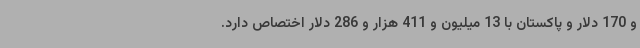
و 170 دلار و پاکستان با 13 میلیون و 411 هزار و 286 دلار اختصاص دارد.